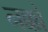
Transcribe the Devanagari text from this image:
नक्को